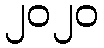
၂၀၂၀